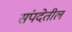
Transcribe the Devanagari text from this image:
संपदेतील